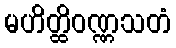
မဟိတ္ထိဝဏ္ဏသတံ